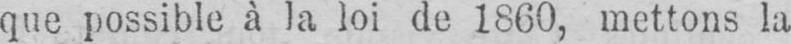
que possible à la loi de 1860, mettons la